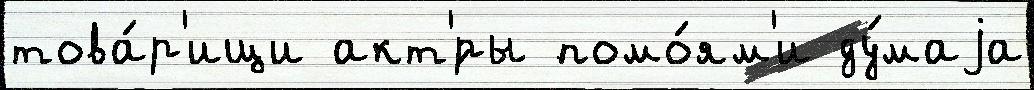
това́р'ищи акт'́ры помо́ям'и ду́маjа